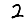
Digit: 2